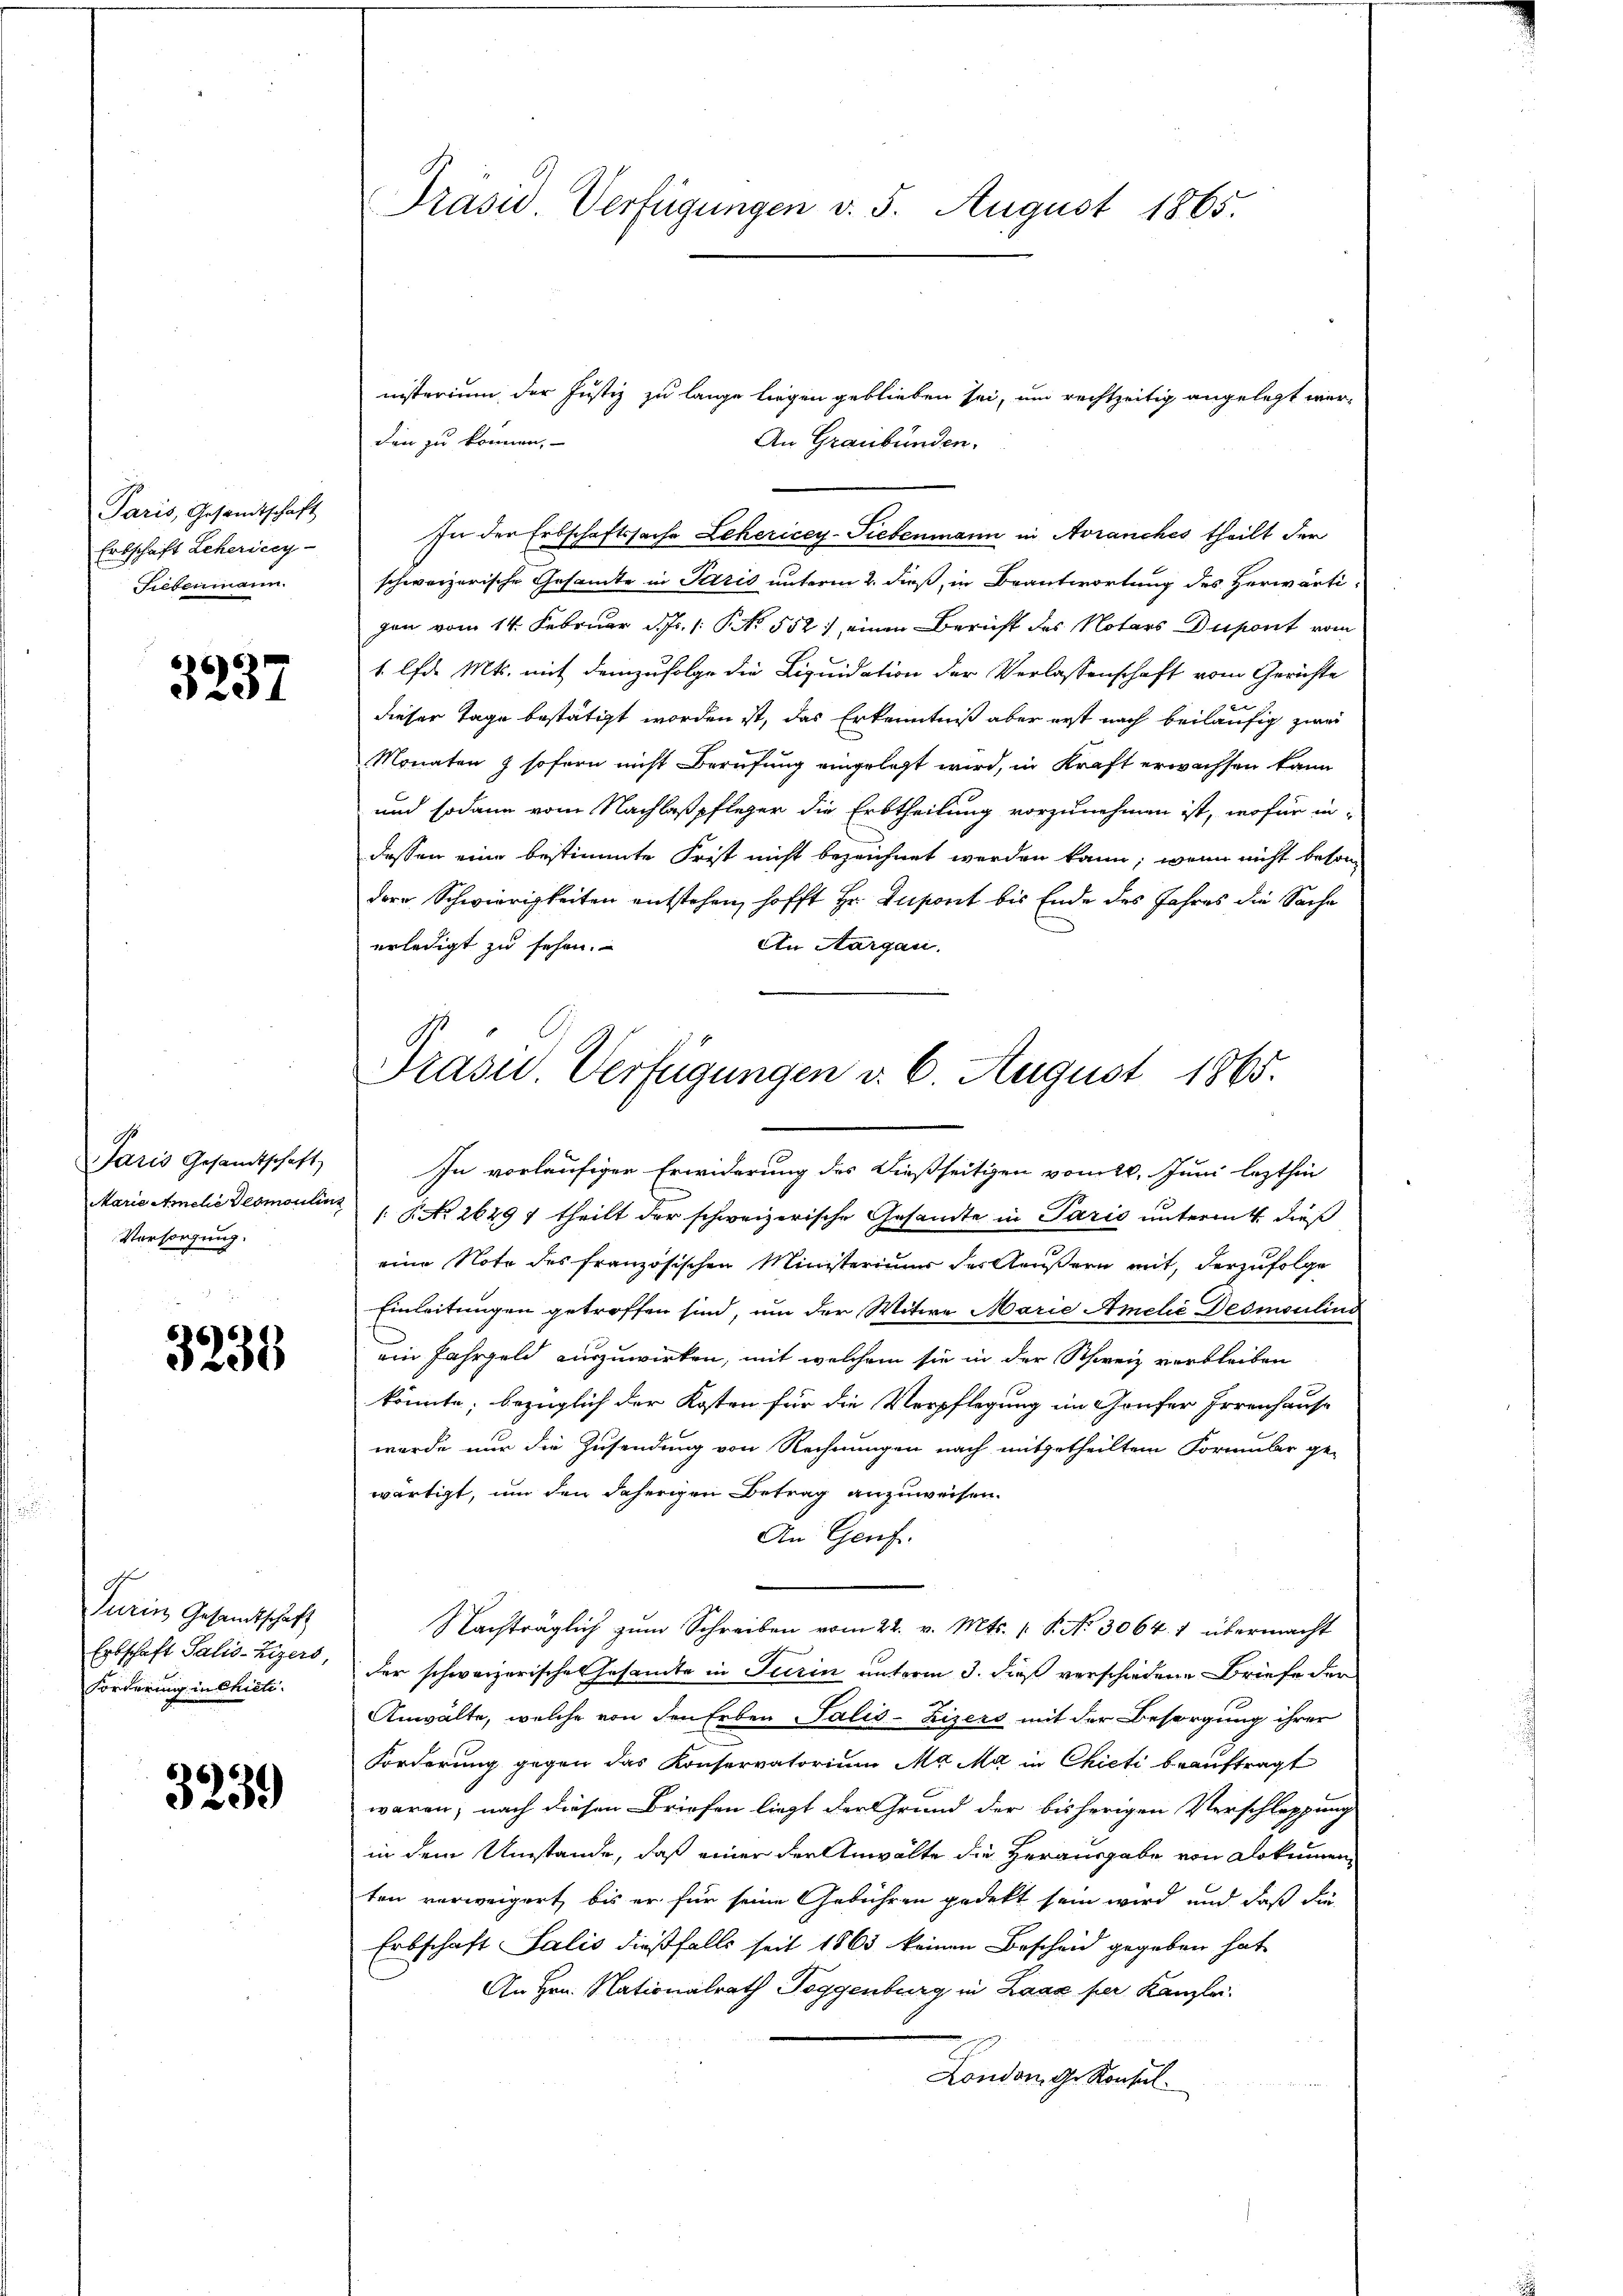
Paris, Gesandtschaft
Erbschaft Lehericey-
Fiebenmann.

5237

Marie Amele desmoulins
Versorgung.

3238

Turin Gesandtschaft
Forderung in Chieti

3239

nisterium der Justiz zu lange liegen geblieben sei, um rechtzeitig angelegt werden zu können,
An Graubünden.
In der Erbschaftssache Lehericey-Siebenmann in Avranches theilt der
schweizerische Gesamte in Paris unterm 2. dieß, in Beantwortung des Herwärtizen vom 14. Februar d.J. /: P. No. 552. einen Bericht des Notars Dupont vom
1 lfd. Mts. mit demzufolge die Liquidation der Verlassenschaft vom Gerichte
e
dieser Tage bestätigt worden ist, das Erkenntniß aber erst nach beiläufig zwei
Monaten & sofern nicht Berufung eingelegt wird, in Kraft erwachsen kann
und sodann vom Nachlaß pfleger die Erbtheilung vorzunehmen ist, wofür in-
dessen eine bestimmte Frist nicht bezeichnet werden kann; wenn nicht beson
dere Schwierigkeiten entstehen, hofft Hr. Insont bis Ende des Jahres die Sache
erledigt zu sehen.
An Aargau.
Jaris Gesandtschaft, In vorläufiger Erwiderung des dießseitigen vom 20. Juni lezthin
 NNo. 26497 theilt der schweizerische Gesandte in Paris untermit dieß
eine Note des französischen Ministeriuum der Aeußern mit, derzufolge
Einleitungen getroffen sind, um der Witwe Marie Amelić Desmoulins
ein Fahrgeld auszuwirken, mit welchem sie in der Schweiz verbleiben
könnte, bezüglich der Kosten für die Verpflegung im Gonfer Irrenhaus
wurde nur die Zusendung von Rechnungen nach mitgetheiltem Formular ge-
wärtigt, um den daherigen Betrag anzuweisen.
An Genf.
Nachträglich zŭm Schreiben vom 22. v. Mts. 1. P. Nr. 3064. 1 übermacht
Erbschaft Salis-Zizers, der schweizerische Gesamte in Turin unterm 3. dieß verschiedene Briefe der
Anwälte, welche von den Erben Salis-Zizers mit der Besorgung ihrer
Forderung gegen das Konservatorium Ma Ma in Chicti beauftragt
waren; nach diesen Briefen liegt der Grund der bisherigen Verschleppung
in dem Umstände, daß einer der Anwälte die Herausgabe von Dokumen
ten verweigert, bis er für seine Gebühren gedekt sein wird, und daß die
Erbschaft Salis dießfalls seit 1863 keinen Bescheid gegeben hat
An Hrn. Nationalrath Toggenburg in Laaz per Kanzlei.
London. G. Konsul

Präsid Verfügungen v. 5. August 1865.

Präsid. Verfügungen d. 6. August 1865.